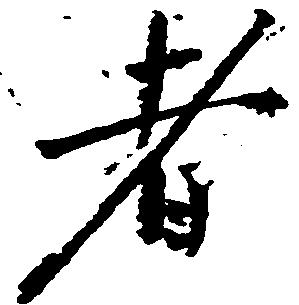
者